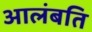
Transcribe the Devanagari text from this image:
आलंबति